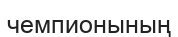
чемпионының